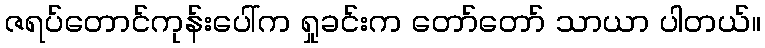
ဇရပ်တောင်ကုန်းပေါ်က ရှုခင်းက တော်တော် သာယာ ပါတယ်။